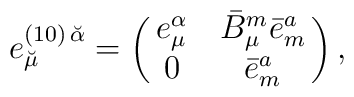
e^{(10)\, \breve{\alpha}}_{\breve{\mu}} = \left ( \matrix{e^{\alpha}_{\mu} & \bar{B}^m_{\mu}\bar{e}^a_m \cr 0 & \bar{e}^a_m} \right ) ,